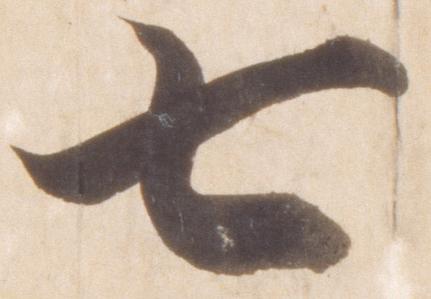
七